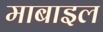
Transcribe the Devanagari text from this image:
माबाइल